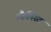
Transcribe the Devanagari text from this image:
म्कैनिस्ट